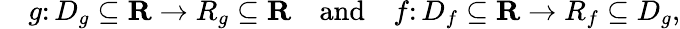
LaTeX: \quad g\colon D_{g}\subseteq\mathbf{R}\rightarrow R_{g}\subseteq\mathbf{R}\quad{\mathrm{and}}\quad f\colon D_{f}\subseteq\mathbf{R}\rightarrow R_{f}\subseteq D_{g},